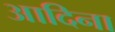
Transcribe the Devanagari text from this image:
आदिना